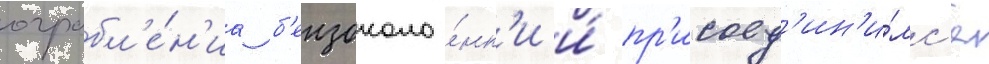
ограбл'е́н'иа б'ензоколо́нк'и и́ пр'исоед'ин'и́лс'я